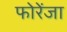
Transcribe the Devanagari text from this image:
फोरेंजा